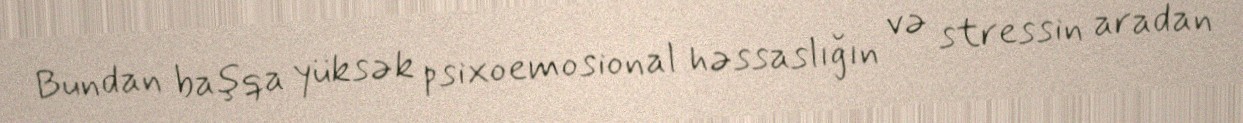
Bundan başqa yüksək psixoemosional həssaslığın və stressin aradan